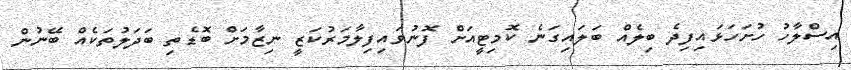
އިސްލާހު ހުށަހަޅައިފިދެ ބިލެއް ބަލައިގަނެ ކޮމިޓީއަށް ފޮނުވައިފިލާމަރުކަޒީ ނިޒާމަށް ބޮޑެތި ބަދަލުތަކެއް ބޭނުން